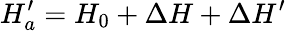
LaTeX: H_{a}^{\prime}=H_{0}+\Delta H+\Delta H^{\prime}